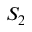
S _ { 2 }